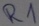
Text: R1